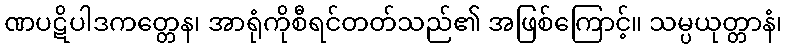
ဏပဋိပါဒကတ္တေန၊ အာရုံကိုစီရင်တတ်သည်၏ အဖြစ်ကြောင့်။ သမ္ပယုတ္တာနံ၊